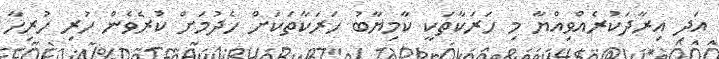
އަދި އިރާދަކުރެއްވިއްޔާ މި ހަރަކާތަކީ ކާމިޔާބު ހަރަކާތަކަށް ހެދުމަށް ކުރެވެން ހުރި ހުރިހާ